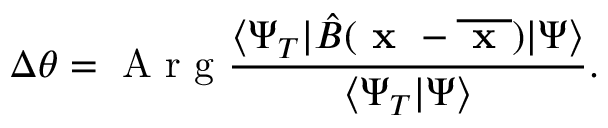
\Delta \theta = \textup { A r g } \frac { \langle \Psi _ { T } | \hat { B } ( \textbf { x } - \overline { { \textbf { x } } } ) | \Psi \rangle } { \langle \Psi _ { T } | \Psi \rangle } .